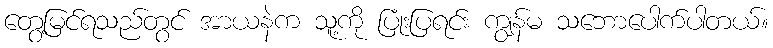
တွေ့မြင်ရသည်တွင် အာယနဲက သူ့ကို ပြုံးပြရင်း ကျွန်မ သဘောပေါက်ပါတယ်။